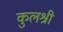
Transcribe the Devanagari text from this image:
कुलश्री